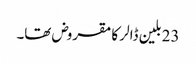
23 بلین ڈالر کا مقروض تھا۔